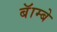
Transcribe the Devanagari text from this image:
बॅाम्बे